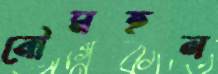
নৌমহল